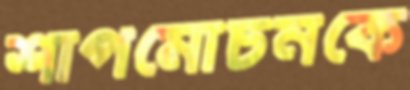
শাপমোচনকে